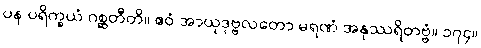
ပန ပရိက္ခယံ ဂစ္ဆတီတိ။ ဧဝံ အာယုဒုဗ္ဗလတော မရဏံ အနုဿရိတဗ္ဗံ။ ၁၇၄။